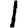
Digit: 1